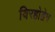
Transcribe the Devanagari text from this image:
विरहोद्वेग